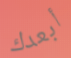
أبعدك